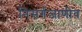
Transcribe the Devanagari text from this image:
निसर्गजाणीव